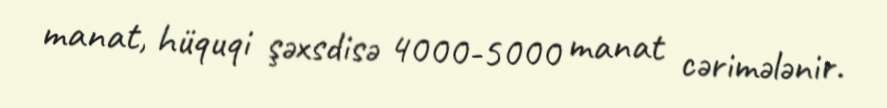
manat, hüquqi şəxsdisə 4000-5000 manat cərimələnir.